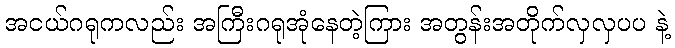
အငယ်ဂရုကလည်း အကြီးဂရုအုံနေတဲ့ကြား အတွန်းအတိုက်လှလှပပ နဲ့